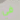
في